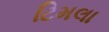
ટિમલા